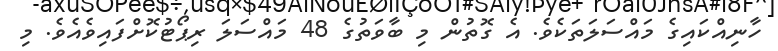
ހާނިއްކައިގެ މައްސަލަތަކެވެ. އެ ގޮތުން މި ބާވަތުގެ 48 މައްސަލަ ރިޕޯޓުކޮށްފައިވެއެވެ. މި